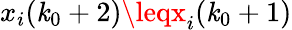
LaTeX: x_{i}(\mathit{k}_{0}+2)\leqx_{i}(\mathit{k}_{0}+1)